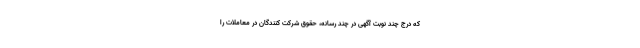
که درج چند نوبت آگهی در چند رسانه، حقوق شرکت کنندگان در معاملات را